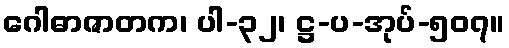
ဂေါဓာဇာတက၊ ပါ-၃၂၊ ဋ္ဌ-ပ-အုပ်-၅၀၇။